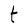
Character: t